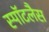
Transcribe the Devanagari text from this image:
स्पॉटलैस